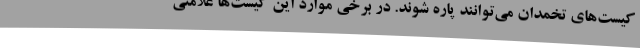
کیست‌های تخمدان می‌توانند پاره شوند. در برخی موارد این کیست‌ها علامتی